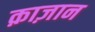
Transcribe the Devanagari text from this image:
क़ाज़ान